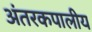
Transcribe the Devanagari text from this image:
अंतरकपालीय